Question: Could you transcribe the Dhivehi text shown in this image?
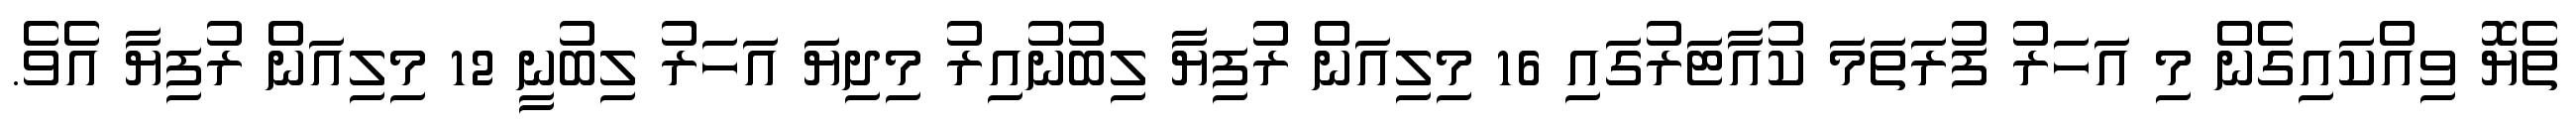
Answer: ތެޔޮ ވިއްކައިގެން މި އަހަރު ފުރަތަމަ ކުއާޓަރުގައި 16 މިލިއަން ރުފިޔާ ލިބުނުއިރު މިދިޔަ އަހަރު ލިބުނީ 12 މިލިއަން ރުފިޔާ އެވެ.